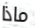
ماذا